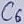
Text: C6